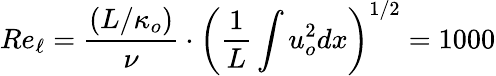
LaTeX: Re_{\ell}=\frac{(L/\kappa_{o})}{\nu}\cdot\left(\frac{1}{L}\int u_{o}^{2}dx\right)^{1/2}=1000